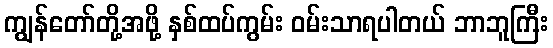
ကျွန်တော်တို့အဖို့ နှစ်ထပ်ကွမ်း ဝမ်းသာရပါတယ် ဘာဘူကြီး